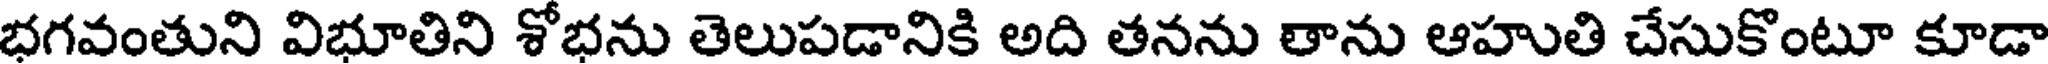
భగవంతుని విభూతిని శోభను తెలుపడానికి అది తనను తాను ఆహుతి చేసుకొంటూ కూడా